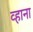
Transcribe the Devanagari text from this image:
व्हाना